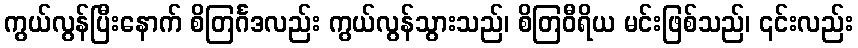
ကွယ်လွန်ပြီးနောက် စိတြင်္ဂဒလည်း ကွယ်လွန်သွားသည်၊ စိတြဝီရိယ မင်းဖြစ်သည်၊ ၎င်းလည်း